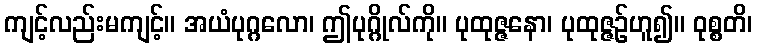
ကျင့်လည်းမကျင့်။ အယံပုဂ္ဂလော၊ ဤပုဂ္ဂိုလ်ကို။ ပုထုဇ္ဇနော၊ ပုထုဇ္ဇဉ်ဟူ၍။ ဝုစ္စတိ၊